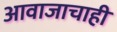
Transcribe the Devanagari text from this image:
आवाजाचाही